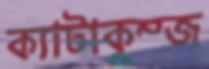
ক্যাটাকুম্জ